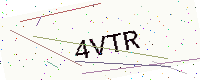
Text: 4VTR